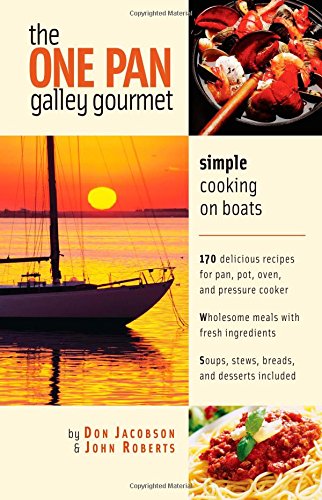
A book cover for The One-Pan Galley Gourmet : Simple Cooking on Boats; Don Jacobson; Cookbooks, Food & Wine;